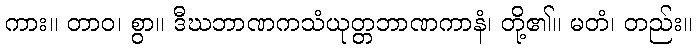
ကား။ တာဝ၊ စွာ။ ဒီဃဘာဏကသံယုတ္တဘာဏကာနံ၊ တို့၏။ မတံ၊ တည်း။